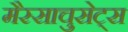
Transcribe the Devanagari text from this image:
मैस्साचुसेट्स